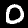
Digit: 0